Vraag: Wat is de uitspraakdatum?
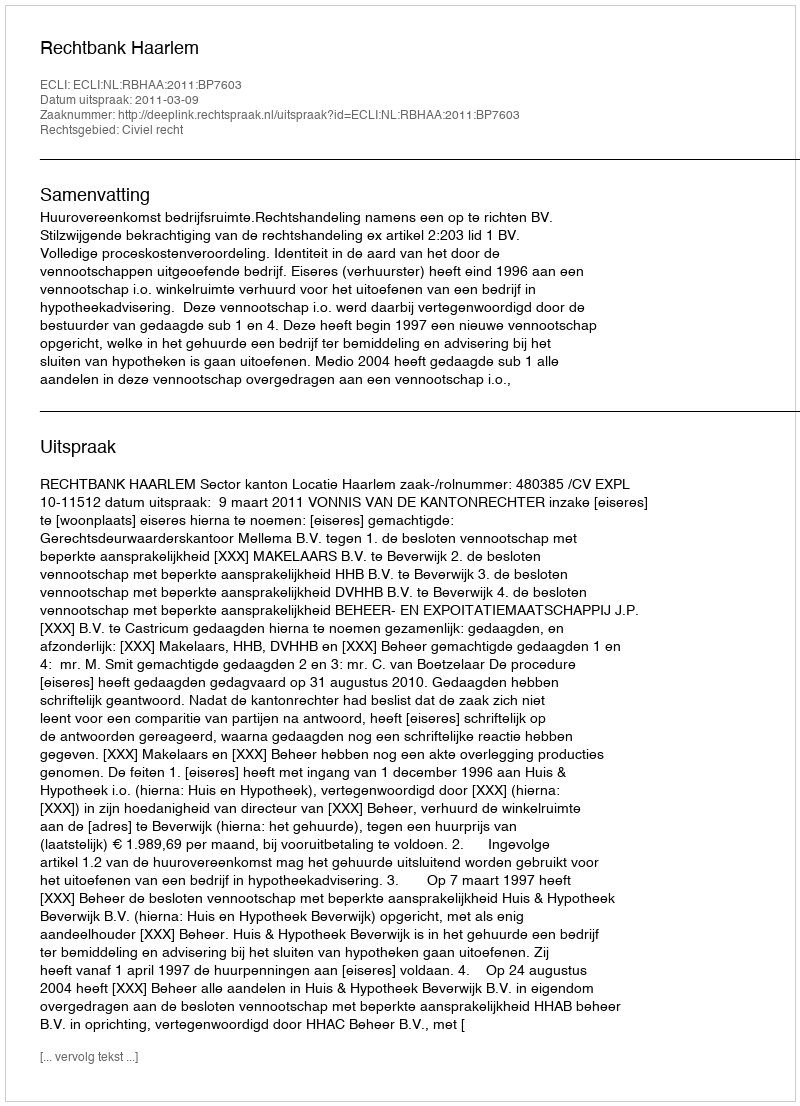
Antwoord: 2011-03-09